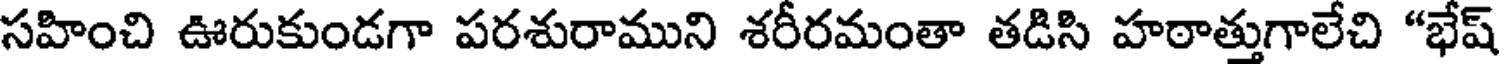
సహించి ఊరుకుండగా పరశురాముని శరీరమంతా తడిసి హఠాత్తుగాలేచి "భేష్